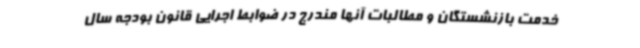
خدمت بازنشستگان و مطالبات آنها مندرج در ضوابط اجرایی قانون بودجه سال